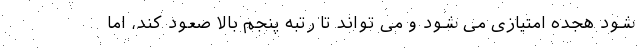
شود هجده امتیازی می شود و می تواند تا رتبه پنجم بالا صعود کند، اما